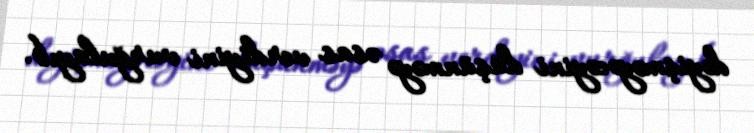
dəyişməyəcəyini düşünməyə əsas verdiyini vurğulayıb.